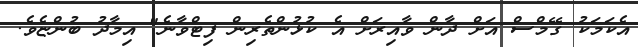
އެކަމަކު ގޭމްސް އަށް ދާން ވާއިރަށް އެ ކުޅުންތެރިން ފިޓްވާނެ" އިމާދު ބުންޏެވެ.